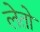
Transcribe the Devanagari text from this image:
लेतो